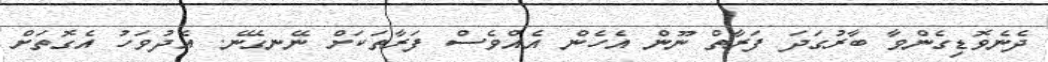
ދެނެވޮޑިގެންވާ ބާރުގަދަ ފަރާތް ނޫން އެހެން އެއްވެސް ފަރާތަކަށް ނޭނގޭނެ. އެދުވަހު އެގޮތަށް